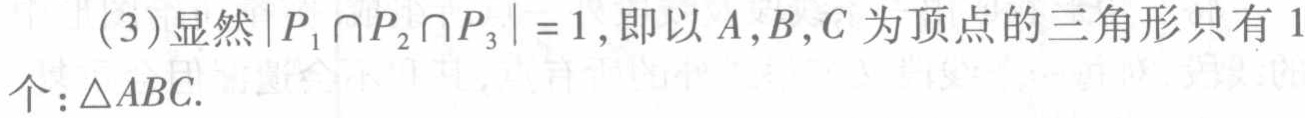
(3)显然\(\vert P_{1}\cap P_{2}\cap P_{3}\vert = 1\),即以\(A,B,C\)为顶点的三角形只有\(1\)个：\(\triangle ABC\).